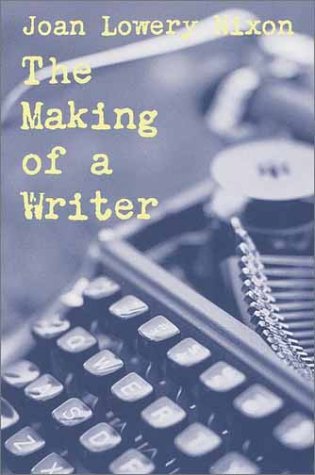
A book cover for The Making of a Writer; Joan Lowery Nixon; Mystery, Thriller & Suspense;